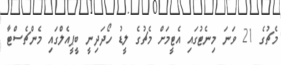
މެޗުގެ 21 ވަނަ މިނެޓުގައި އެޓީމަށް މެޗުގެ ލީޑު ހޯދަދިނީ ބީޕީއެލްގައި މެންޗެސްޓާ